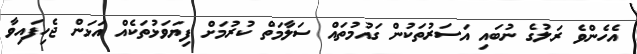
އެހެންވެ ރަލުގެ ނުބައި އަސަރުތަކުން ގައުމުތައް ސަލާމަތް ކުރުމަށް ފިޔަވަޅުތަކެއް އަޅަން ޖެހިފައިވާ